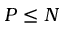
P \leq N